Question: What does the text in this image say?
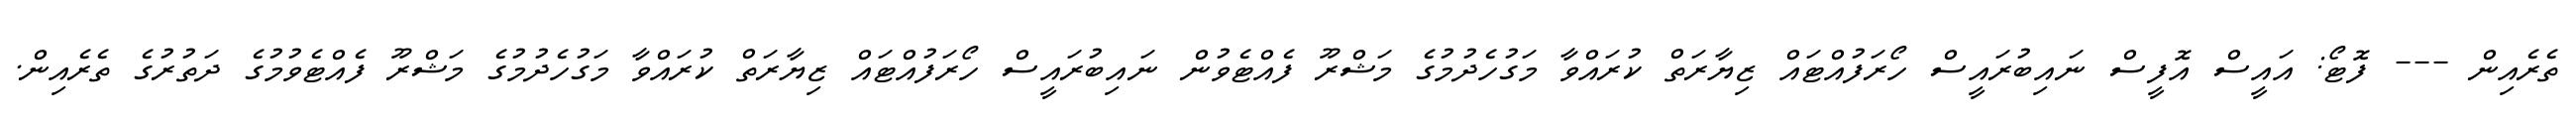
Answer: ތެރެއިން --- ފޮޓޯ: އައީސް އޮފީސް ނައިބުރައީސް ހޯރަފުއްޓައް ޒިޔާރަތް ކުރައްވާ މަގުހެދުމުގެ މަޝްރޫ ފެއްޓެވުން ނައިބުރައީސް ހޯރަފުއްޓައް ޒިޔާރަތް ކުރައްވާ މަގުހެދުމުގެ މަޝްރޫ ފެއްޓެވުމުގެ ދަތުރުގެ ތެރެއިން.